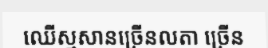
ឈើស្មសានច្រើនលតា ច្រើន